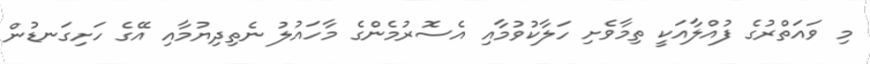
މި ވައަތްރުގެ ފުއްލާއަކީ ތިމާވެށި ހަލާކުވުމާއި އެސޮރުމެންގެ މާހައުލު ނެތިދިޔުމާއި އޭގެ ހަށިގަނޑުން